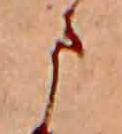
ま